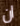
ان